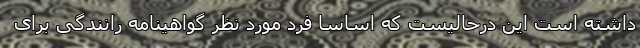
داشته است این درحالیست که اساسا فرد مورد نظر گواهینامه رانندگی برای